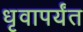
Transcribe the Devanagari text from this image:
धृवापर्यंत